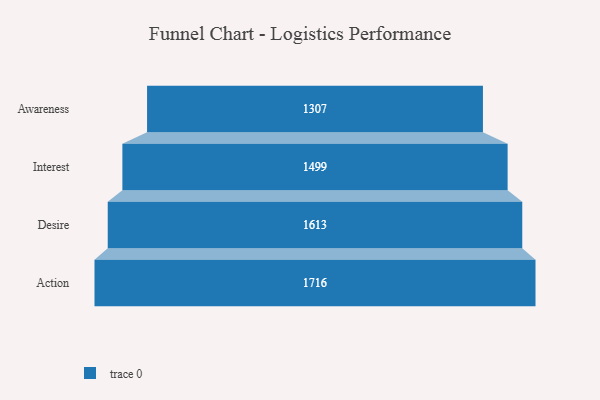
{"axis": {"x": "Stage", "y": "Value"}, "legend": [""], "data": [{"x": "Awareness", "y": 1307.0, "type": ""}, {"x": "Interest", "y": 1499.0, "type": ""}, {"x": "Desire", "y": 1613.0, "type": ""}, {"x": "Action", "y": 1716.0, "type": ""}]}